Indian journal of veterinary science and animal husbandry - Volume 3,
Year: 1933
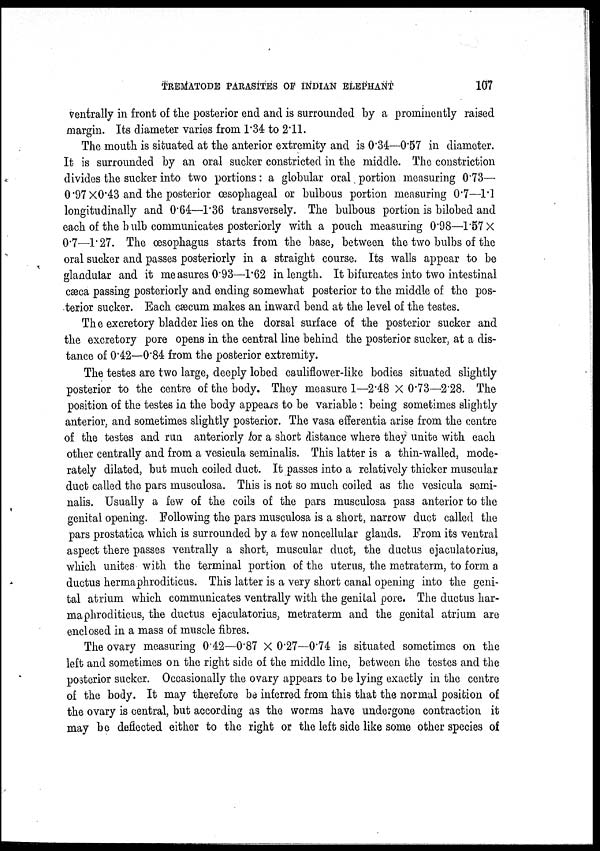
TREMATODE PARASITES OF INDIAN ELEPHANT
107
ventrally in front of the posterior end and is surrounded by a prominently raised
margin. Its diameter varies from 1.34 to 2.11.
The mouth is situated at the anterior extremity and is 0.34—0.57 in diameter.
It is surrounded by an oral sucker constricted in the middle. The constriction
divides the sucker into two portions: a globular oral portion measuring 0.73—
0.97×0.43 and the posterior œsophageal or bulbous portion measuring 0.7—1.1
longitudinally and 0.64 —1.36 transversely. The bulbous portion is bilobed and
each of the bulb communicates posteriorly with a pouch measuring 0.98—1.57 ×
0.7—1.27. The œsophagus starts from the base, between the two bulbs of the
oral sucker and passes posteriorly in a straight course. Its walls appear to be
glandular and it measures 0.93—1.62 in length. It bifurcates into two intestinal
cæca passing posteriorly and ending somewhat posterior to the middle of the pos-
terior sucker. Each cæcum makes an inward bend at the level of the testes.
The excretory bladder lies on the dorsal surface of the posterior sucker and
the excretory pore opens in the central line behind the posterior sucker, at a dis-
tance of 0.42—0.84 from the posterior extremity.
The testes are two large, deeply lobed cauliflower-like bodies situated slightly
posterior to the centre of the body. They measure 1—2.48 × 0.73—2.28. The
position of the testes in the body appears to be variable : being sometimes slightly
anterior, and sometimes slightly posterior. The vasa efferentia arise from the centre
of the testes and run anteriorly for a short distance where they unite with each
other centrally and from a vesicula seminalis. This latter is a thin-walled, mode-
rately dilated, but much coiled duct. It passes into a relatively thicker muscular
duct called the pars musculosa. This is not so much coiled as the vesicula semi-
nalis. Usually a few of the coils of the pars musculosa pass anterior to the
genital opening. Following the pars musculosa is a short, narrow duct called the
pars prostatica which is surrounded by a few noncellular glands. From its ventral
aspect there passes ventrally a short, muscular duct, the ductus ejaculatorius,
which unites with the terminal portion of the uterus, the metraterm, to form a
ductus hermaphroditicus. This latter is a very short canal opening into the geni-
tal atrium which communicates ventrally with the genital pore. The ductus har¬
maphroditicus, the ductus ejaculatorius, metraterm and the genital atrium are
enclosed in a mass of muscle fibres.
The ovary measuring 0.42—0.87 × 0.27—0.74 is situated sometimes on the
left and sometimes on the right side of the middle line, between the testes and the
posterior sucker. Occasionally the ovary appears to be lying exactly in the centre
of the body. It may therefore be inferred from this that the normal position of
the ovary is central, but according as the worms have undergone contraction it
may be deflected either to the right or the left side like some other species of